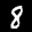
Label: 8